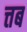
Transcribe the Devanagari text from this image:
त्तब